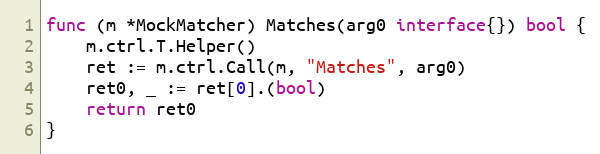
Language: Go
func (m *MockMatcher) Matches(arg0 interface{}) bool {
	m.ctrl.T.Helper()
	ret := m.ctrl.Call(m, "Matches", arg0)
	ret0, _ := ret[0].(bool)
	return ret0
}